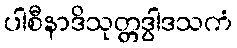
ပါစီနာဒိသုတ္တဒွါဒသကံ